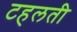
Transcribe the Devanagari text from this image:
टहलती